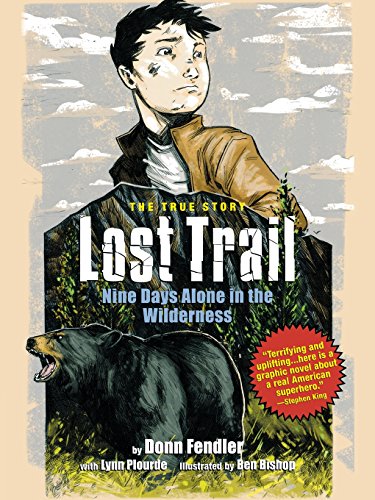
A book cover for Lost Trail: Nine Days Alone in the Wilderness; Donn Fendler; Children's Books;